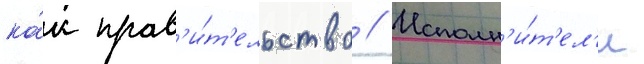
ка́к прав'и́т'ельство // Исполн'и́т'ел'и